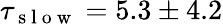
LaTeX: \tau_{\mathrm{~s~l~o~w~}}=5.3\pm 4.2